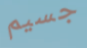
جسيم